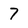
Character: 7